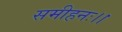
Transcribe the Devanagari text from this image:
समीहनः।।